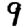
Digit: 9